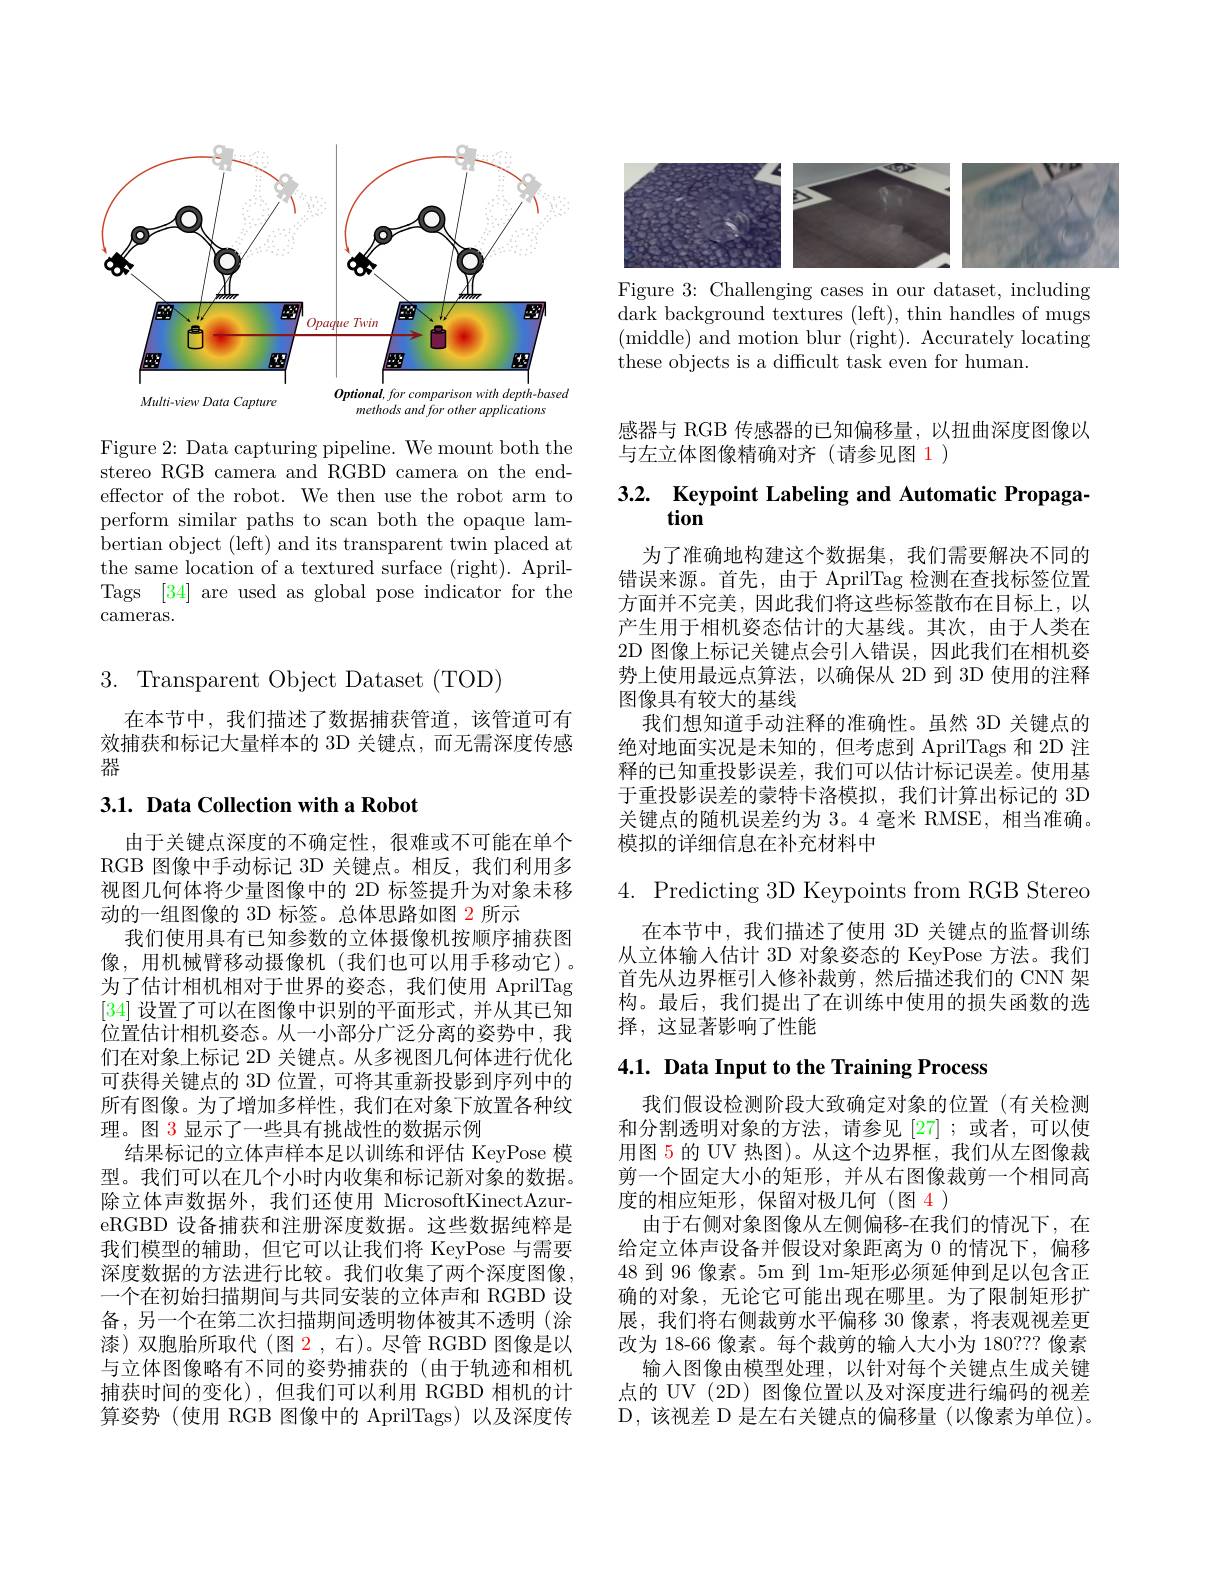
<FigureHere>

Figure 2: Data capturing pipeline. We mount both the stereo RGB camera and RGBD camera on the endeffector of the robot. We then use the robot arm to perform similar paths to scan both the opaque lambertian object (left) and its transparent twin placed at the same location of a textured surface (right). AprilTags [34] are used as global pose indicator for the cameras.

3. Transparent Object Dataset (TOD)

在本节中，我们描述了数据捕获管道，该管道可有效捕获和标记大量样本的 3D 关键点，而无需深度传感器

### 3.1. Data Collection with a Robot

由于关键点深度的不确定性，很难或不可能在单个RGB 图像中手动标记 3D 关键点。相反，我们利用多视图几何体将少量图像中的 2D 标签提升为对象未移动的一组图像的 3D 标签。总体思路如图 2 所示
我们使用具有已知参数的立体摄像机按顺序捕获图像，用机械臂移动摄像机(我们也可以用手移动它)。为了估计相机相对于世界的姿态，我们使用 AprilTag [34]设置了可以在图像中识别的平面形式，并从其已知位置估计相机姿态。从一小部分广泛分离的姿势中，我们在对象上标记 2D 关键点。从多视图几何体进行优化可获得关键点的 3D 位置，可将其重新投影到序列中的所有图像。为了增加多样性，我们在对象下放置各种纹理。图 3 显示了一些具有挑战性的数据示例
结果标记的立体声样本足以训练和评估 KeyPose 模型。我们可以在几个小时内收集和标记新对象的数据。除立体声数据外，我们还使用 MicrosoftKinectAzureRGBD 设备捕获和注册深度数据。这些数据纯粹是我们模型的辅助，但它可以让我们将 KeyPose 与需要深度数据的方法进行比较。我们收集了两个深度图像。一个在初始扫描期间与共同安装的立体声和 RGBD 设备，另一个在第二次扫描期间透明物体被其不透明(涂漆)双胞胎所取代(图 2,右)。尽管 RGBD 图像是以与立体图像略有不同的姿势捕获的(由于轨迹和相机捕获时间的变化),但我们可以利用 RGBD 相机的计算姿势(使用 RGB 图像中的 AprilTags)以及深度传

<FigureHere>

Figure 3: Challenging cases in our dataset, including dark background textures (left), thin handles of mugs $({\mathrm{middle)~and~motion~blur~(right).~Accurately~locating}}$ these objects is a difficult task even for human.

感器与 RGB 传感器的已知偏移量，以扭曲深度图像以
与左立体图像精确对齐(请参见图 1)

# 3.2. Keypoint Labeling and Automatic Propagation

为了准确地构建这个数据集，我们需要解决不同的错误来源。首先，由于 AprilTag 检测在查找标签位置方面并不完美，因此我们将这些标签散布在目标上，以产生用于相机姿态估计的大基线。其次，由于人类在2D 图像上标记关键点会引人错误，因此我们在相机姿势上使用最远点算法，以确保从 2D 到 3D 使用的注释图像具有较大的基线
我们想知道手动注释的准确性。虽然 3D 关键点的绝对地面实况是未知的，但考虑到 AprilTags 和 2D 注释的已知重投影误差，我们可以估计标记误差。使用基于重投影误差的蒙特卡洛模拟，我们计算出标记的 3D 关键点的随机误差约为 3。4 毫米 RMSE, 相当准确。模拟的详细信息在补充材料中

4. Predicting 3D Keypoints from RGB Stereo

在本节中，我们描述了使用 3D 关键点的监督训练从立体输入估计 3D 对象姿态的 KeyPose 方法。我们首先从边界框引入修补裁剪，然后描述我们的 CNN 架构。最后，我们提出了在训练中使用的损失函数的选择，这显著影响了性能

## 4.1. Data Input to the Training Process

我们假设检测阶段大致确定对象的位置(有关检测和分割透明对象的方法，请参见[27];或者，可以使用图 5 的 UV 热图)。从这个边界框，我们从左图像裁剪一个固定大小的矩形，并从右图像裁剪一个相同高度的相应矩形，保留对极几何(图 4)
由于右侧对象图像从左侧偏移-在我们的情况下，在给定立体声设备并假设对象距离为 0 的情况下，偏移48 到 96 像素。5m 到 1m-矩形必须延伸到足以包含正确的对象，无论它可能出现在哪里。为了限制矩形扩展，我们将右侧裁剪水平偏移 30 像素，将表观视差更改为 18-66 像素。每个裁剪的输人大小为 180??? 像素
输入图像由模型处理，以针对每个关键点生成关键点的 UV (2D) 图像位置以及对深度进行编码的视差D,该视差 D 是左右关键点的偏移量(以像素为单位)。